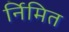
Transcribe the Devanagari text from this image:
र्निमित